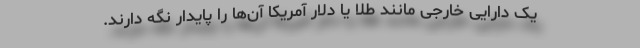
یک دارایی خارجی مانند طلا یا دلار آمریکا آن‌ها را پایدار نگه دارند.